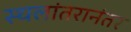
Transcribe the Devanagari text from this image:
स्थलांतरानंतर